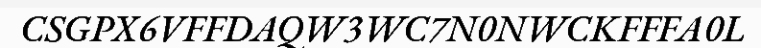
CSGPX6VFFDAQW3WC7N0NWCKFFFA0L